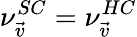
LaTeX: \nu_{\vec{v}}^{SC}=\nu_{\vec{v}}^{HC}